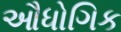
ઔધોગિક